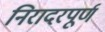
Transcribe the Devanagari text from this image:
निरादरपूर्ण